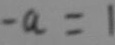
- a = 1